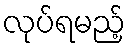
လုပ်ရမည့်